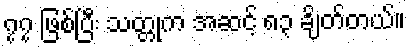
၇၇ ဖြစ်ပြီး သတ္တုက အဆင့် ၈၃ ချိတ်တယ်။